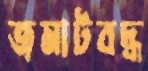
জমাটবদ্ধ